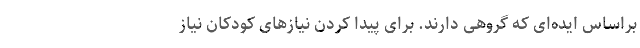
براساس ایده‌ای که گروهی دارند. برای پیدا کردن نیازهای کودکان نیاز